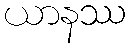
ယာနဿ